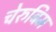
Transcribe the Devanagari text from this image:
चेरुबिम